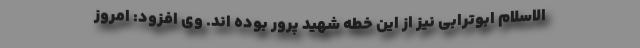
الاسلام ابوترابی نیز از این خطه شهید پرور بوده اند. وی افزود: امروز